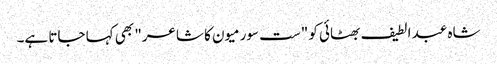
شاہ عبد الطیف بھٹائی کو "ست سورمیون کا شاعر" بھی کہا جاتا ہے۔